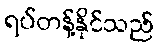
ရပ်တန့်နိုင်သည်